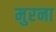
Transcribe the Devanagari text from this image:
मुरना